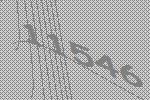
11546